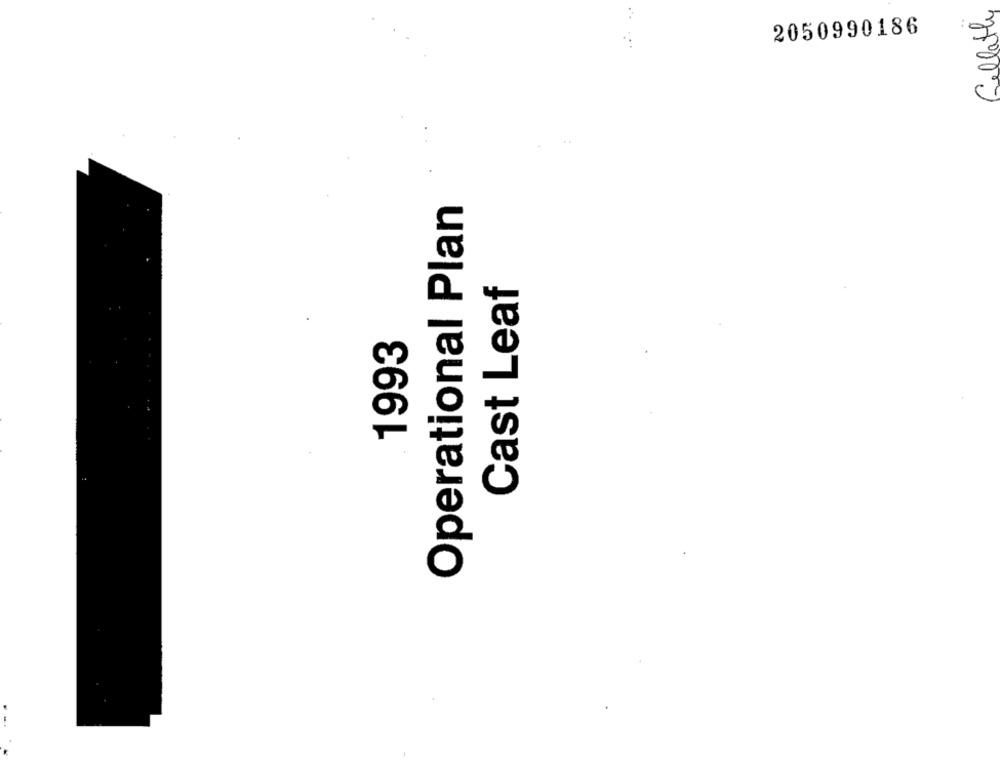
Gellatly
2050990186
Operational Plan
Cast Leaf
1993